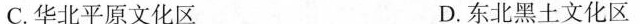
C.华北平原文化区 D.东北黑土文化区